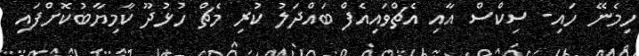
ހިމެނޭ ހައި- ސިކްސް އާއި އެޗްވައިއެފް ބައްދަލު ކުރި މެޗް ހުޅުދޫ ކާމިޔާބުކޮށްފައި